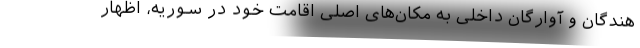
هندگان و آوارگان داخلی به مکان‌های اصلی اقامت خود در سوریه، اظهار